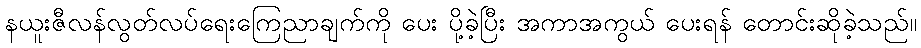
နယူးဇီလန်လွတ်လပ်ရေးကြေညာချက်ကို ပေး ပို့ခဲ့ပြီး အကာအကွယ် ပေးရန် တောင်းဆိုခဲ့သည်။